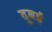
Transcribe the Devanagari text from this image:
दूबई